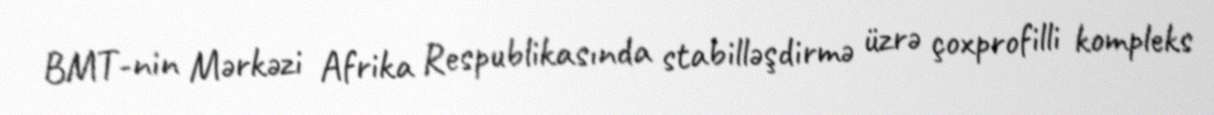
BMT-nin Mərkəzi Afrika Respublikasında stabilləşdirmə üzrə çoxprofilli kompleks